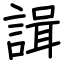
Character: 諿